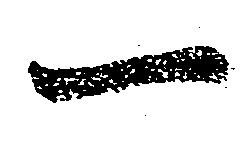
一